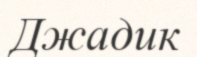
Джадик